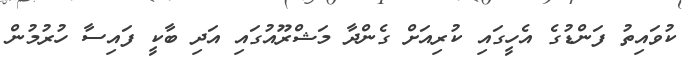
ކުވައިތު ފަންޑުގެ އެހީގައި ކުރިއަށް ގެންދާ މަޝްރޫއުގައި އަދި ބާކީ ފައިސާ ހުރުމުން